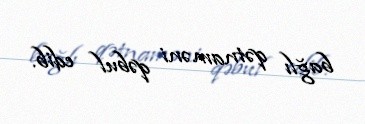
bağlı qətnaməni qəbul edib.